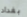
بغداد